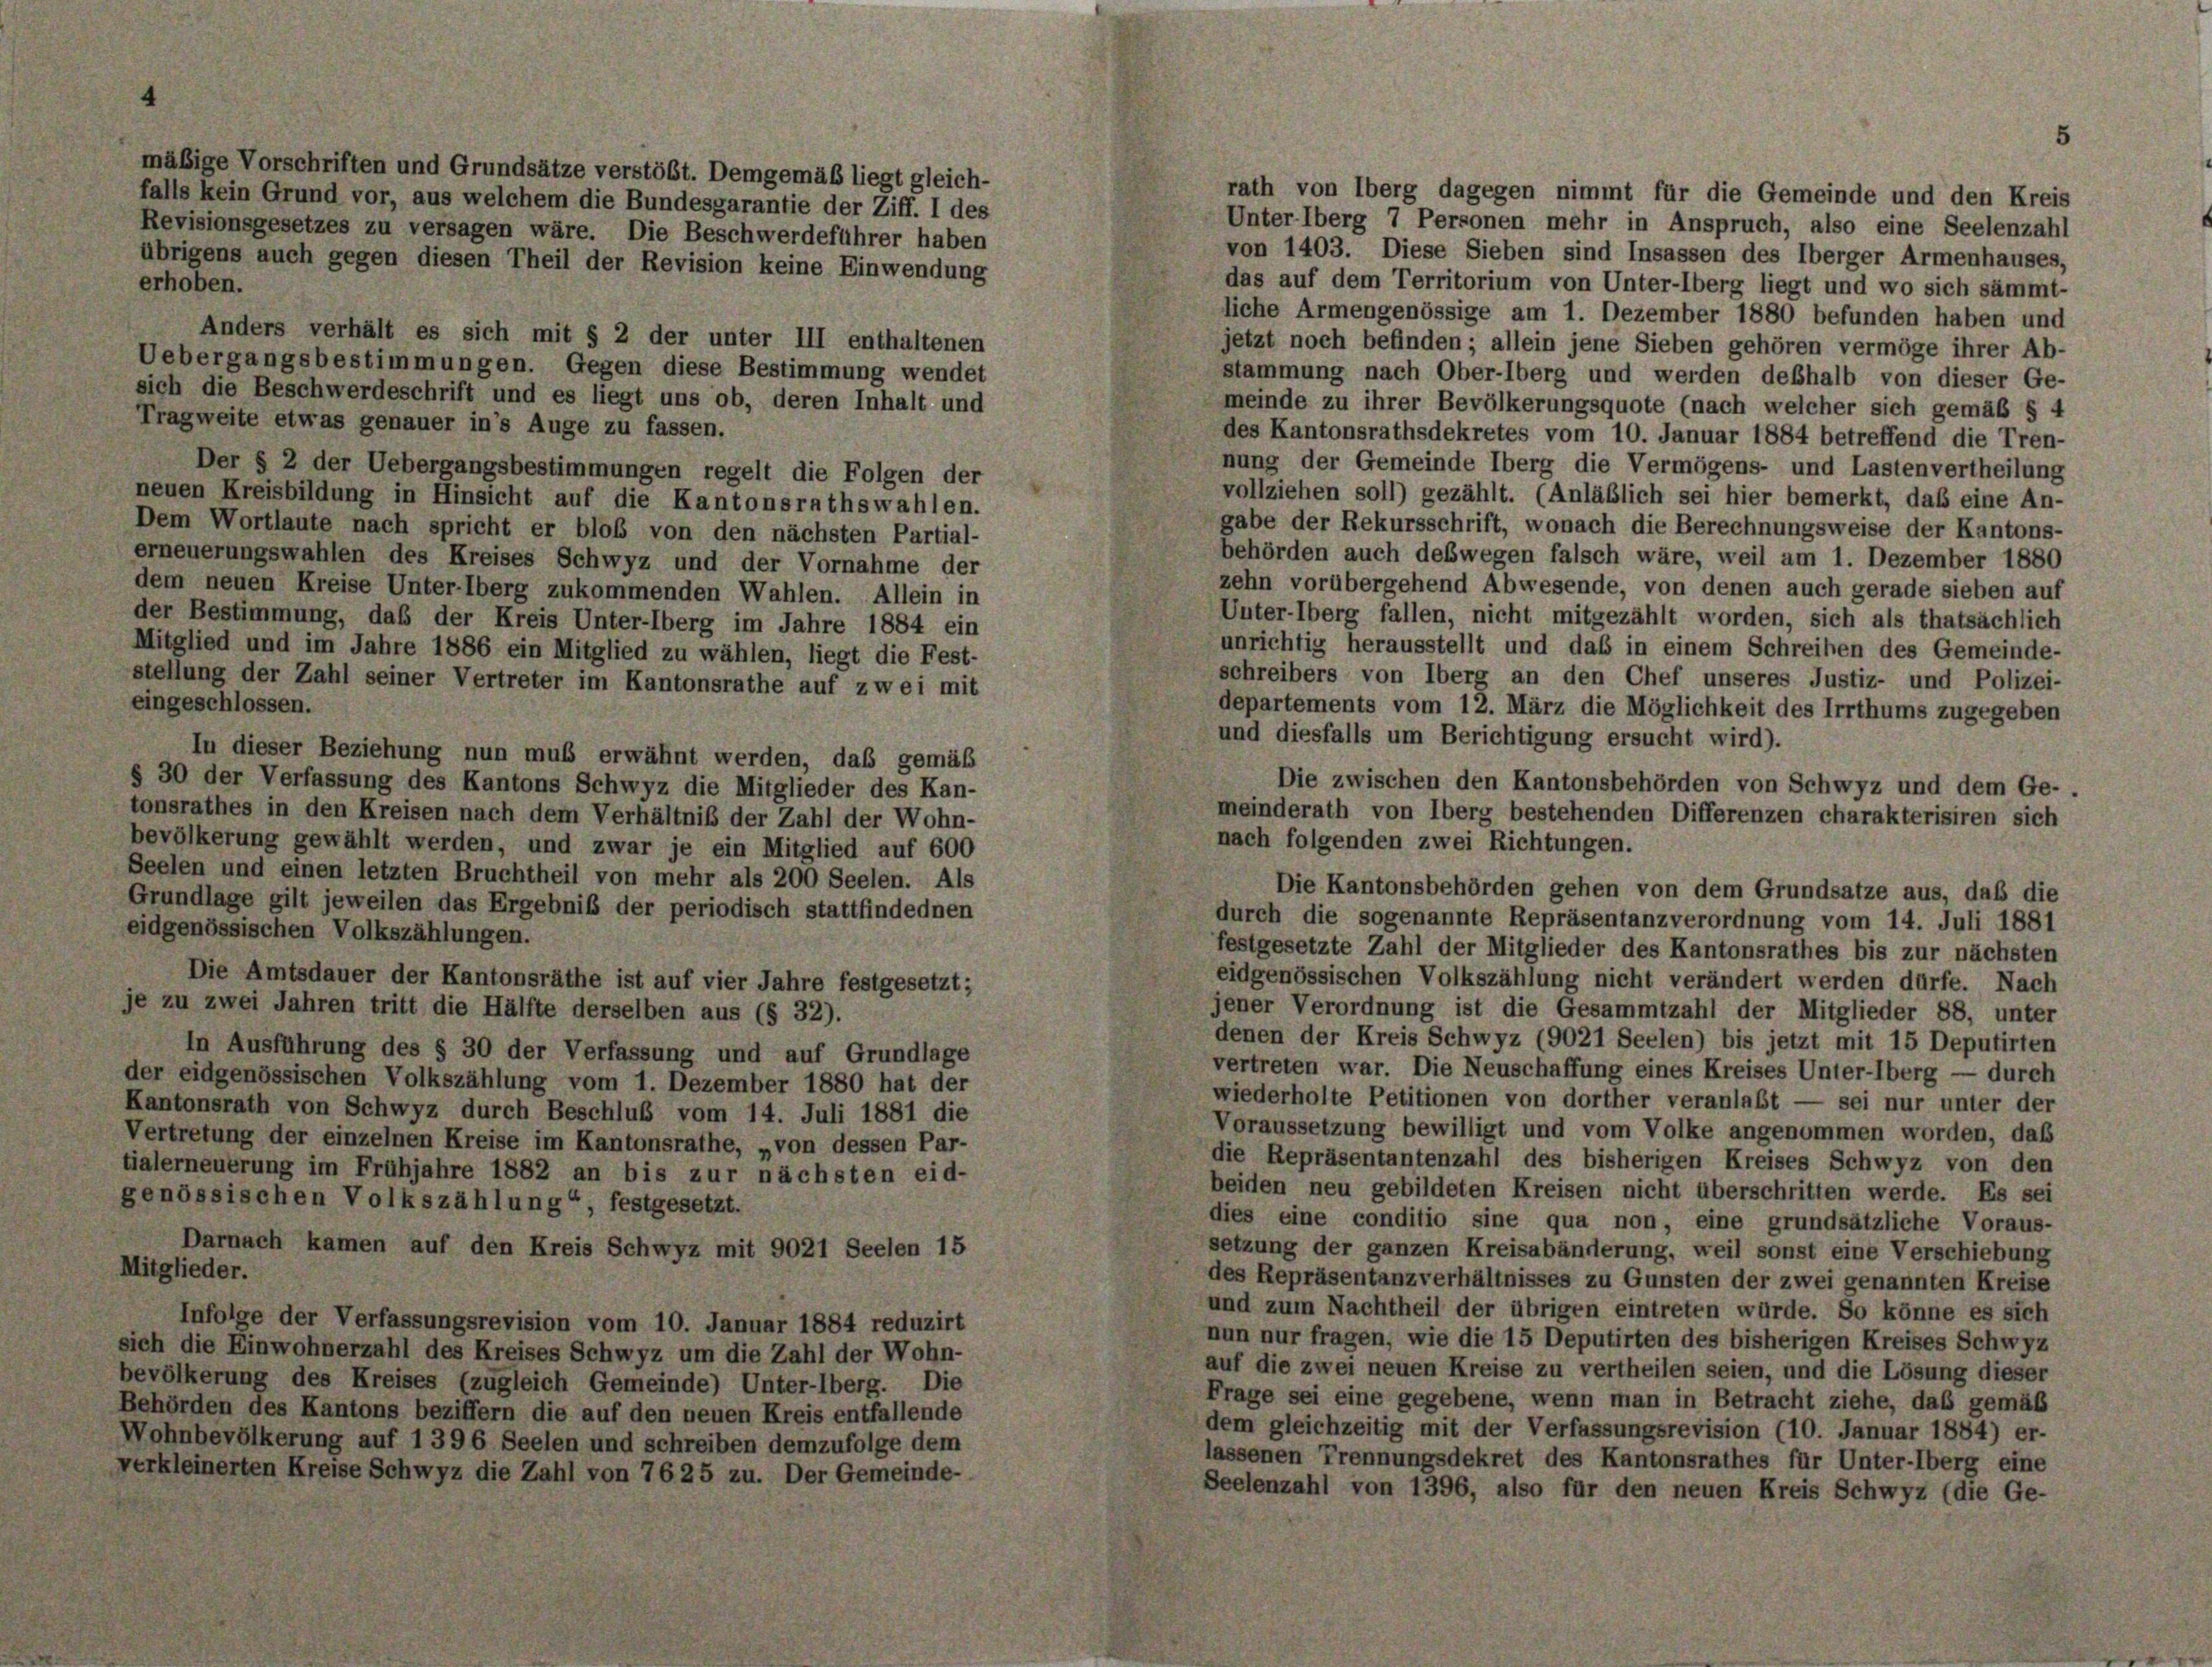
er

iften und Grundsätze verstößt. Demgemäß liegt gleich-
d vor, aus welchem die Bundesgarantie der Ziff. I des
es zu versagen wäre. Die Beschwerdeführer haben
gegen diesen Theil der Revision kein

ders verhält es sich mit § 2 der unter III enthaltenen

gangsbestimmungen. Gegen diese Bestimmung wendet
Beschwerdeschrift und es liegt uns ob, deren Inhalt und
ite etwas genauer in’s Auge zu fassen.
r § 2 der Uebergangsbestimmungen regelt die Folgen der
Kreisbildung in Hinsicht auf die Kantonsrathswahlen.
ortlaute nach spricht er bloß von den nächsten Partial-
ngswahlen des Kreises Schwyz und der Vornahme der
ien Kreise Unter-Oberg zukommenden Wahlen. Allein in
timmung, daß der Kreis Unter-lberg im Jahre 1884 ein
und im Jahre 1886 ein Mitglied zu wählen, liegt die Fest-
der Zahl seiner Vertreter im Kantonsrathe auf zwei mit
lossen.
dieser Beziehung nun muß erwähnt werden, das gemäß
r Verfassung des Kantons Schwyz die Mitglieder des Kan-
es in den Kreisen nach dem Verhältniß der Zahl der Wohn-
rung gewählt werden, und zwar je ein Mitglied auf 600
ad einen letzten Bruchtheil von mehr als 200 Seelen. Als
ge gilt jeweilen das Ergebniß der periodisch stattfindednen

Die Amtsdauer der Kantonsräthe ist auf vier Jahre fest
je zu zwei Jahren tritt die Hälfte derselben aus (§ 32).
In Ausführung des § 30 der Verfassung und auf Gr.
der eidgenössischen Volkszählung vom 1. Dezember 1880
Kantonsrath von Schwyz durch Beschluß vom 14. Juli 18
Vertretung der einzelnen Kreise im Kantonsrathe, „von dess
tialerneuerung im Frühjahre 1882 an bis zur nächste
genössischen Volkszählung“, festgesetzt.
Darnach kamen auf den Kreis Schwyz mit 9021 See

hat

rath von Oberg dagegen nimmt für die Gemeinde und den Kreis
Unterlberg 7 Personen mehr in Anspruch, also eine Seelenzahl
von 1403. Diese Sieben sind Insassen des Oberger Armenhauses,
das auf dem Territorium von Unter-lberg liegt und wo sich sämmt-
liche Armengenössige am 1. Dezember 1880 befunden haben und
jetzt noch befinden; allein jene Sieben gehören vermöge ihrer Ab-
stammung nach Ober-lberg und werden deßhalb von dieser Ge-
meinde zu ihrer Bevölkerungsquote (nach welcher sich gemäß § 4
des Kantonsrathsdekretes vom 10. Januar 1884 betreffend die Tren-
nung der Gemeinde Überg die Vermögens- und Lastenvertheilung
vollziehen soll) gezählt. (Anläßlich sei hier bemerkt, daß eine An-
gabe der Rekursschrift, wonach die Berechnungsweise der Kantons-
behörden auch deswegen falsch wäre, weil am 1. Dezember 1880
zehn vorübergehend Abwesende, von denen auch gerade sieben auf
Unter-Oberg fallen, nicht mitgezählt worden, sich als thatsächlich
unrichtig herausstellt und das in einem Schreiben des Gemeinde-
schreibers von Oberg an den Chef unseres Justiz- und Polizei-
departements vom 12. März die Möglichkeit des Irrthums zugegeben
und diesfalls um Berichtigung ersucht wird).
Die zwischen den Kantonsbehörden von Schwyz und dem Ge-
meinderath von Iberg bestehenden Differenzen charakterisiren sich
nach folgenden zwei Richtungen.
Die Kantonsbehörden gehen von dem Grundsätze aus, daß die
durch die sogenannte Repräsentanzverordnung vom 14. Juli 1881
festgesetzte Zahl der Mitglieder des Kantonsrathes bis zur nächsten
eidgenössischen Volkszählung nicht verändert werden dürfe. Nach
jener Verordnung ist die Gesammtzahl der Mitglieder 88, unter
denen der Kreis Schwyz (9021 Seelen) bis jetzt mit 15 Deputirten
vertreten war. Die Neuschaffung eines Kreises Unter-lberg — durch
wiederholte Petitionen von dorther veranlaßt — sei nur unter der
Voraussetzung bewilligt und vom Volke angenommen worden, daß
die Repräsentantenzahl des bisherigen Kreises Schwyz von den
beiden neu gebildeten Kreisen nicht überschritten werde. Es sei
dies eine conditio sine qua non, eine grundsätzliche Voraus-
setzung der ganzen Kreisabänderung, weil sonst eine Verschiebung
des Repräsentanzverhältnisses zu Gunsten der zwei genannten Kreise
und zum Nachtheil der übrigen eintreten würde. So könne es sich
nun nur fragen, wie die 15 Deputirten des bisherigen Kreises Schwyz
auf die zwei neuen Kreise zu vertheilen seien, und die Lösung dieser
Frage sei eine gegebene, wenn man in Betracht ziehe, das gemäß
dem gleichzeitig mit der Verfassungsrevision (10. Januar 1884) er-
lassenen Trennungsdekret des Kantonsrathes für Unter-lberg eine
Seelenzahl von 1396, also für den neuen Kreis Schwyz (die Ge-